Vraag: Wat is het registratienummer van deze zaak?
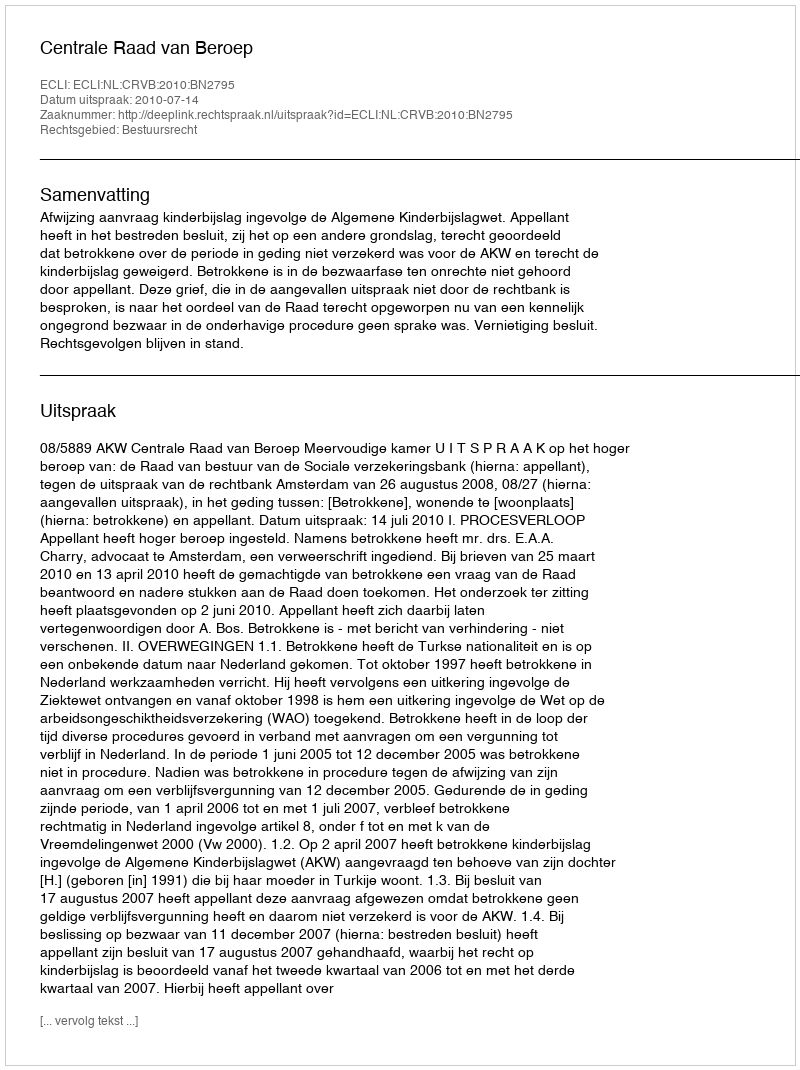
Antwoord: http://deeplink.rechtspraak.nl/uitspraak?id=ECLI:NL:CRVB:2010:BN2795